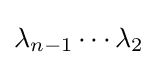
\lambda _{n-1}\cdots \lambda _{2}